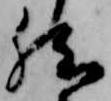
然